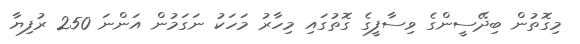
މިގޮތުން ބިދޭސީންގެ ވިސާފީގެ ގޮތުގައި މިހާރު މަހަކު ނަގަމުން އަންނަ 250 ރުފިޔާ